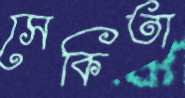
সেকিতা